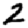
Digit: 2